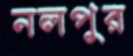
নলপুর